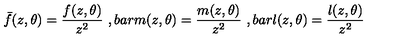
\bar { f } ( z , \theta ) = \frac { f ( z , \theta ) } { z ^ { 2 } } \ , b a r { m } ( z , \theta ) = \frac { m ( z , \theta ) } { z ^ { 2 } } \ , b a r { l } ( z , \theta ) = \frac { l ( z , \theta ) } { z ^ { 2 } } \,